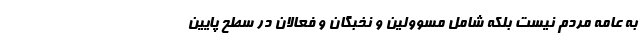
به عامه مردم نیست بلکه شامل مسوولین و نخبگان و فعالان در سطح پایین